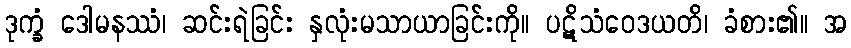
ဒုက္ခံ ဒေါမနဿံ၊ ဆင်းရဲခြင်း နှလုံးမသာယာခြင်းကို။ ပဋိသံဝေဒယတိ၊ ခံစား၏။ အ